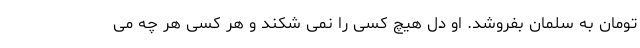
تومان به سلمان بفروشد. او دل هیچ کسی را نمی شکند و هر کسی هر چه می